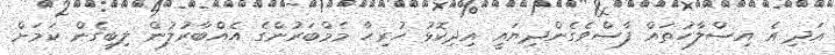
އަދި އެ އިސްލާހުތައް ފާސްވެގެންދިޔައީ އިދިކޮޅު ހުރިހާ މެމްބަރުންގެ އެއްބާރުލުން ލިބިގެން ކަމަށް